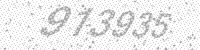
Solution: 913935